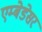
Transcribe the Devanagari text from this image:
एम्बेडेसर